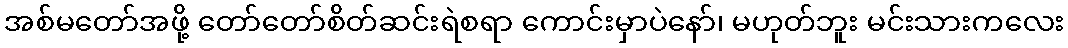
အစ်မတော်အဖို့ တော်တော်စိတ်ဆင်းရဲစရာ ကောင်းမှာပဲနော်၊ မဟုတ်ဘူး မင်းသားကလေး